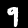
Label: 9